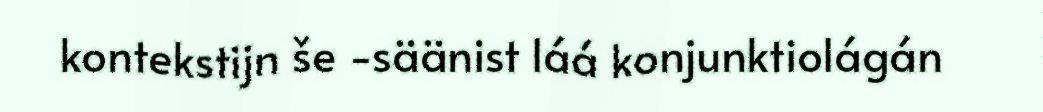
kontekstijn še -säänist láá konjunktiolágán